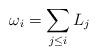
LaTeX: \begin{align*}\omega_i=\sum_{j\leq i}L_j\end{align*}